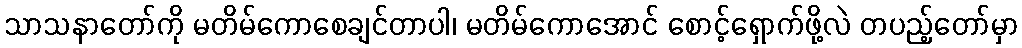
သာသနာတော်ကို မတိမ်ကောစေချင်တာပါ၊ မတိမ်ကောအောင် စောင့်ရှောက်ဖို့လဲ တပည့်တော်မှာ